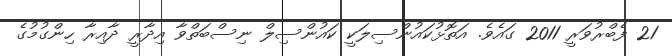
21 ފެބްރުވަރީ 2011 ގައެވެ. އަތޮޅުކައުންސިލަކީ ކައުންސިލް ނިސްބަތްވާ އިދާރީ ދާއިރާ ހިންގުމުގެ